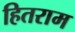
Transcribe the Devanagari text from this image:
हितराम